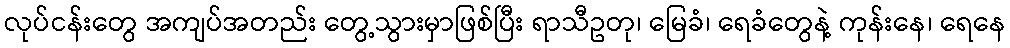
လုပ်ငန်းတွေ အကျပ်အတည်း တွေ့သွားမှာဖြစ်ပြီး ရာသီဥတု၊ မြေခံ၊ ရေခံတွေနဲ့ ကုန်းနေ၊ ရေနေ